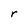
Character: r